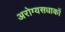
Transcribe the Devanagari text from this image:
अरोग्यसधाकों